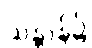
သန္တာန်၌